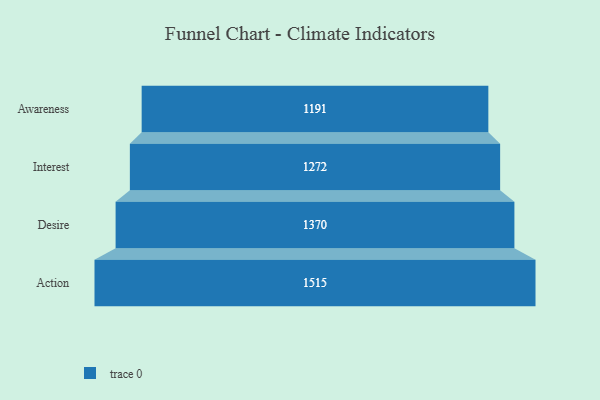
{"axis": {"x": "Stage", "y": "Value"}, "legend": [""], "data": [{"x": "Awareness", "y": 1191.0, "type": ""}, {"x": "Interest", "y": 1272.0, "type": ""}, {"x": "Desire", "y": 1370.0, "type": ""}, {"x": "Action", "y": 1515.0, "type": ""}]}